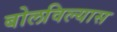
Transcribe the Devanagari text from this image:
बोलविल्यास